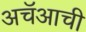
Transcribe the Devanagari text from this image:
अचॅआची